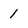
Character: 1